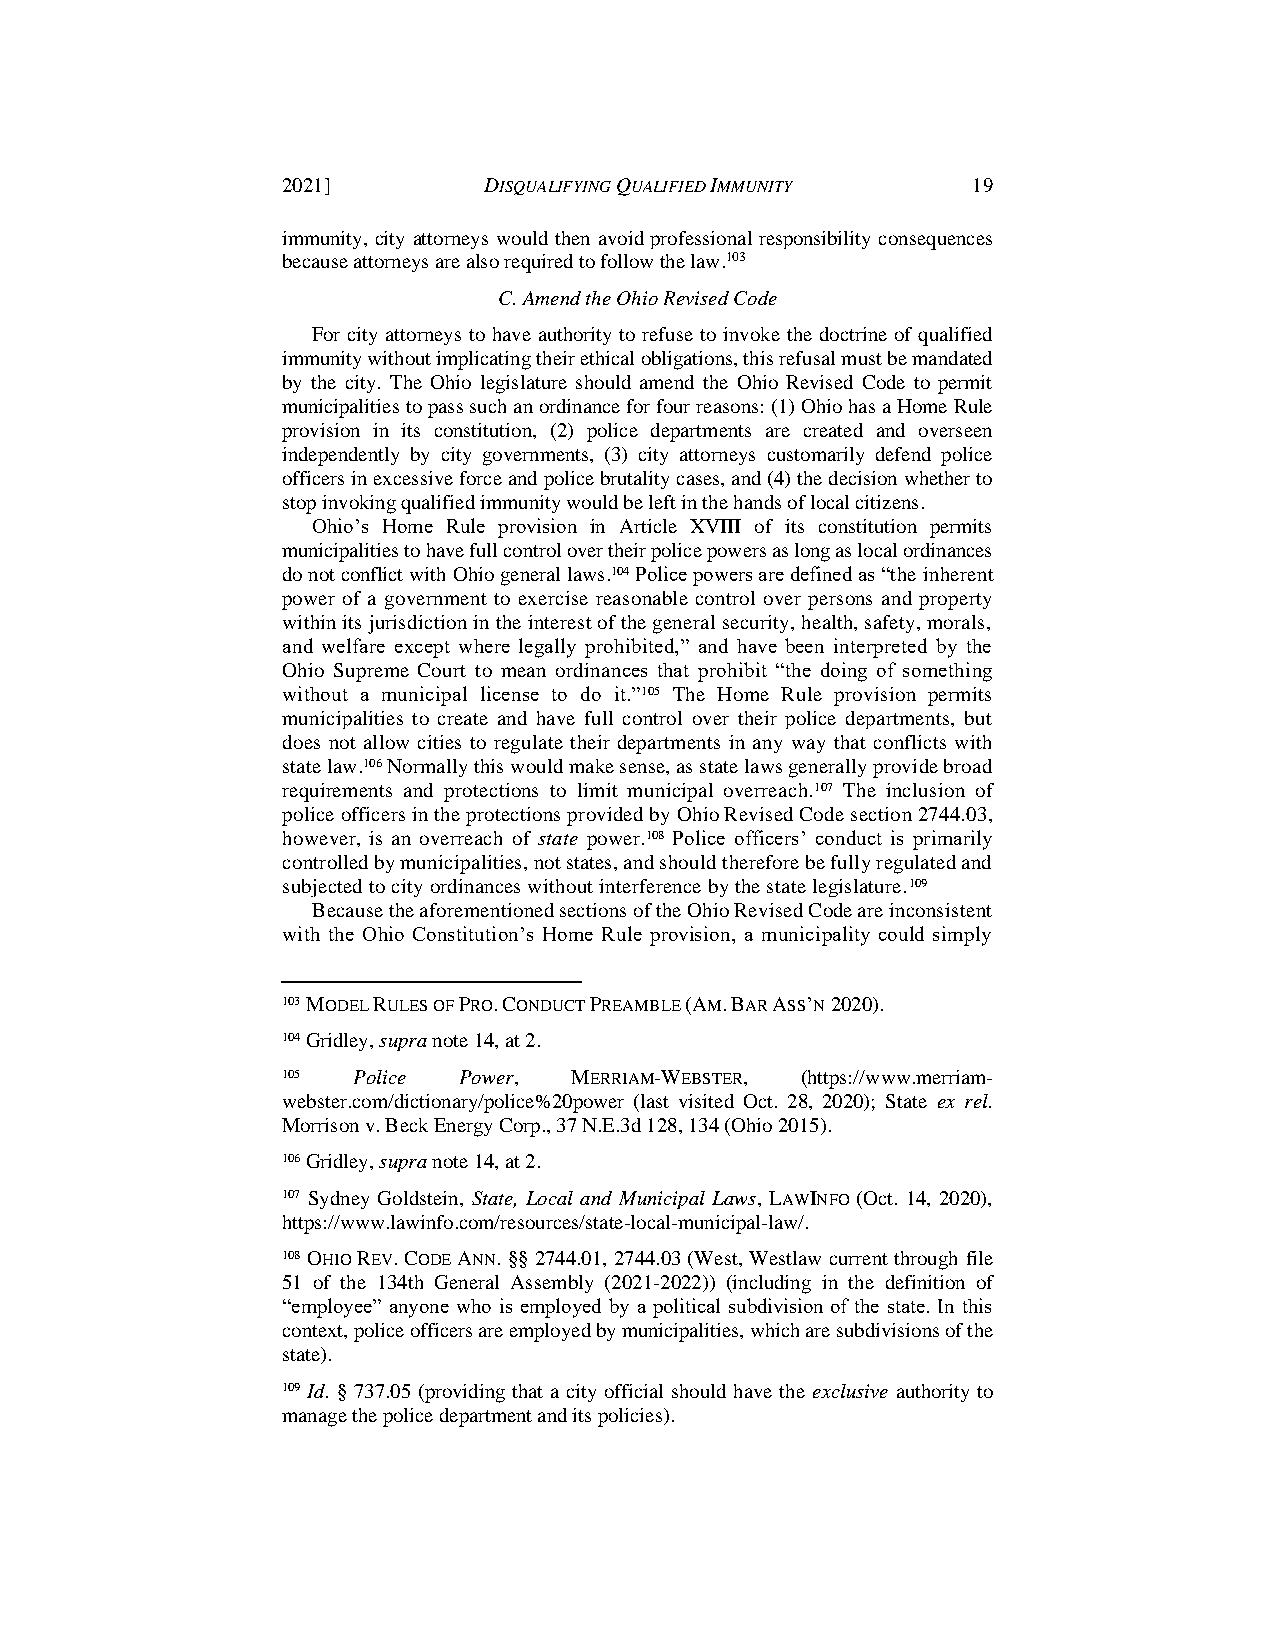
2021]        DISQUALIFYING QUALIFIED IMMUNITY 19
 immunity, city attorneys would then avoid professional responsibility consequences
 because attorneys are also required to follow the law.103
 C. Amend the Ohio Revised Code
 For city attorneys to have authority to refuse to invoke the doctrine of qualified
 immunity without implicating their ethical obligations, this refusal must be mandated
 by the city. The Ohio legislature should amend the Ohio Revised Code to permit
 municipalities to pass such an ordinance for four reasons: (1) Ohio has a Home Rule
 provision in its constitution, (2) police departments are created and overseen
 independently by city governments, (3) city attorneys customarily defend police
 officers in excessive force and police brutality cases, and (4) the decision whether to
 stop invoking qualified immunity would be left in the hands of local citizens.
 Ohio’s Home Rule provision in Article XVIII of its constitution permits
 municipalities to have full control over their police powers as long as local ordinances
 do not conflict with Ohio general laws.104 Police powers are defined as “the inherent
 power of a government to exercise reasonable control over persons and property
 within its jurisdiction in the interest of the general security, health, safety, morals,
 and welfare except where legally prohibited,” and have been interpreted by the
 Ohio Supreme Court to mean ordinances that prohibit “the doing of something
 without a municipal license to do it.”105 The Home Rule provision permits
 municipalities to create and have full control over their police departments, but
 does not allow cities to regulate their departments in any way that conflicts with
 state law.106 Normally this would make sense, as state laws generally provide broad
 requirements and protections to limit municipal overreach.107 The inclusion of
 police officers in the protections provided by Ohio Revised Code section 2744.03,
 however, is an overreach of state power.108 Police officers’ conduct is primarily
 controlled by municipalities, not states, and should therefore be fully regulated and
 subjected to city ordinances without interference by the state legislature.109
 Because the aforementioned sections of the Ohio Revised Code are inconsistent
 with the Ohio Constitution’s Home Rule provision, a municipality could simply
 103 MODEL RULES OF PRO. CONDUCT PREAMBLE (AM. BAR ASS’N 2020).
 104 Gridley, supra note 14, at 2.
 105 Police Power,  MERRIAM-WEBSTER, (https://www.merriam-
 webster.com/dictionary/police%20power (last visited Oct. 28, 2020); State ex rel.
 Morrison v. Beck Energy Corp., 37 N.E.3d 128, 134 (Ohio 2015).
 106 Gridley, supra note 14, at 2.
 107 Sydney Goldstein, State, Local and Municipal Laws, LAWINFO (Oct. 14, 2020),
 https://www.lawinfo.com/resources/state-local-municipal-law/.
 108 OHIO REV. CODE ANN. §§ 2744.01, 2744.03 (West, Westlaw current through file
 51 of the 134th General Assembly (2021-2022)) (including in the definition of
 “employee” anyone who is employed by a political subdivision of the state. In this
 context, police officers are employed by municipalities, which are subdivisions of the
 state).
 109 Id. § 737.05 (providing that a city official should have the exclusive authority to
 manage the police department and its policies).